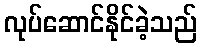
လုပ်ဆောင်နိုင်ခဲ့သည်